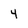
Character: 4